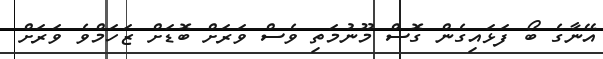
އޭނާގެ ބޯ ފަޅައިގެން ގޮސް މޫނުމަތި ވެސް ވަރަށް ބޮޑަށް ޒަހަމްވެ ވަރަށް